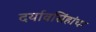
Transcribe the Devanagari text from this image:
दर्यावसिंहांचा